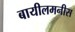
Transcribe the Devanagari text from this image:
बायीलमनीस